Annual report of the Civil Veterinary Department, Bengal, for the year 1896-97 - 1896-1897
Year: 1896
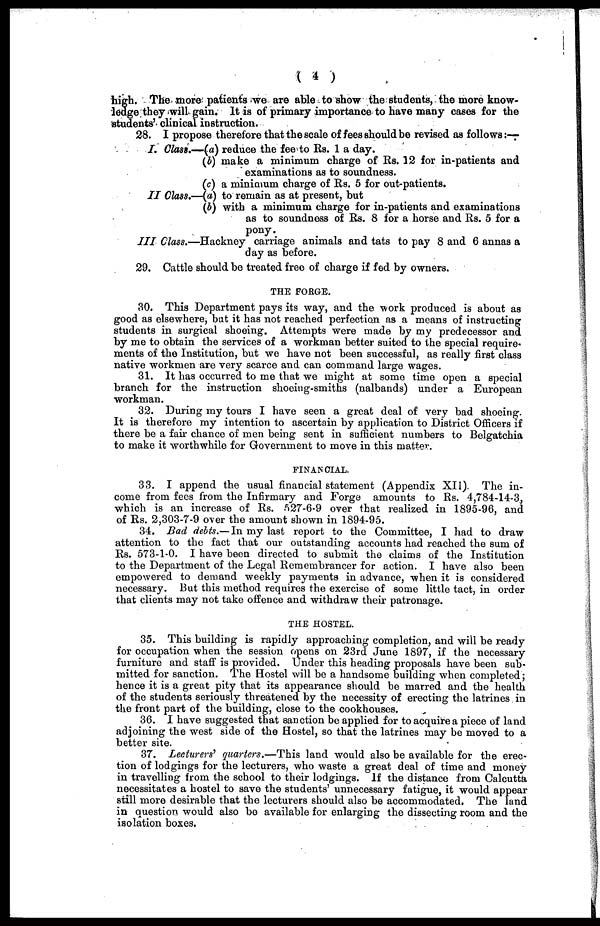
(4)
high. The more patients we are able to show the students, the more know-
ledge they will gain. It is of primary importance to have many cases for the
students' clinical instruction.
28. I propose therefore that the scale of fees should be revised as follows:—
I. Class.—(a) reduce the fee to Rs. 1 a day.
(b) make a minimum charge of Rs. 12 for in-patients and
examinations as to soundness.
(c) a minimum charge of Rs. 5 for out-patients.
II Class.—(a) to remain as at present, but
(b) with a minimum charge for in-patients and examinations
as to soundness of Rs. 8 for a horse and Rs. 5 for a
pony.
III Class.—Hackney carriage animals and tats to pay 8 and 6 annas a
day as before.
29. Cattle should be treated free of charge if fed by owners.
THE FORGE.
30. This Department pays its way, and the work produced is about as
good as elsewhere, but it has not reached perfection as a means of instructing
students in surgical shoeing. Attempts were made by my predecessor and
by me to obtain the services of a workman better suited to the special require-
ments of the Institution, but we have not been successful, as really first class
native workmen are very scarce and can command large wages.
31. It has occurred to me that we might at some time open a special
branch for the instruction shoeing-smiths (nalbands) under a European
workman.
32. During my tours I have seen a great deal of very bad shoeing.
It is therefore my intention to ascertain by application to District Officers if
there be a fair chance of men being sent in sufficient numbers to Belgatchia
to make it worthwhile for Government to move in this matter.
FINANCIAL.
33. I append the usual financial statement (Appendix XII). The in-
come from fees from the Infirmary and Forgo amounts to Rs. 4,784-14-3,
which is an increase of Rs. 527-6-9 over that realized in 1895-96, and
of Rs. 2,303-7-9 over the amount shown in 1894-95.
34. Bad debts.— In my last report to the Committee, I had to draw
attention to the fact that our outstanding accounts had reached the sum of
Rs. 573-1-0. I have been directed to submit the claims of the Institution
to the Department of the Legal Remembrancer for action. I have also been
empowered to demand weekly payments in advance, when it is considered
necessary. But this method requires the exercise of some little tact, in order
that clients may not take offence and withdraw their patronage.
THE HOSTEL.
35. This building is rapidly approaching completion, and will be ready
for occupation when the session opens on 23rd June 1897, if the necessary
furniture and staff is provided. Under this heading proposals have been sub-
mitted for sanction. The Hostel will be a handsome building when completed;
hence it is a great pity that its appearance should be marred and the health
of the students seriously threatened by the necessity of erecting the latrines in
the front part of the building, close to the cookhouses.
36. I have suggested that sanction be applied for to acquire a piece of land
adjoining the west side of the Hostel, so that the latrines may be moved to a
better site.
37. Lecturers' quarters.— This land would also be available for the erec-
tion of lodgings for the lecturers, who waste a great deal of time and money
in travelling from the school to their lodgings. If the distance from Calcutta
necessitates a hostel to save the students' unnecessary fatigue, it would appear
still more desirable that the lecturers should also be accommodated. The land
in question would also bo available for enlarging the dissecting room and the
isolation boxes.